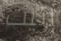
اتيت